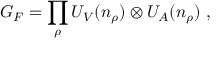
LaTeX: G _ { F } = \prod _ { \rho } U _ { V } ( n _ { \rho } ) \otimes U _ { A } ( n _ { \rho } ) \ ,